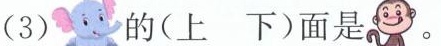
(3) 的(上 下)面是 。